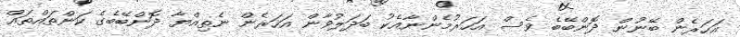
އަހަރެން ބޭނުން ދޮންބޭބެ ވެސް އަހަރުމެންނާއެކު ބަދަލުވާން އަހަރެން ނެތިއްޔާ ދޮންބޭބެގެ ކަންތައްތައް